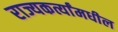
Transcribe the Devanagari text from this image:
राज्यकर्त्यांमधील